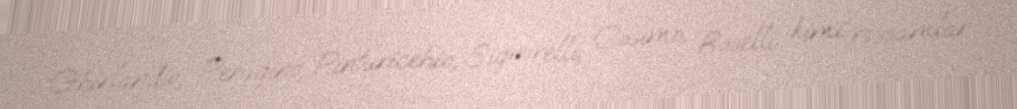
Ghirlandio, Perugino, Pinturicehio, Signorelli, Cosimo, Roselli kimi rəssamlar